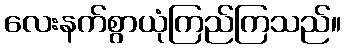
လေးနက်စွာယုံကြည်ကြသည်။